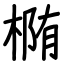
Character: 椭